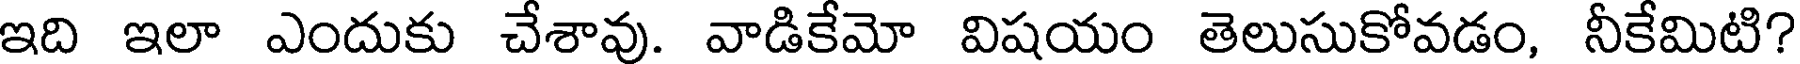
ఇది ఇలా ఎందుకు చేశావు. వాడికేమో విషయం తెలుసుకోవడం, నీకేమిటి?